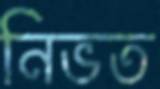
নিভত